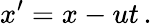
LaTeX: x^{\prime}=x-ut\, .